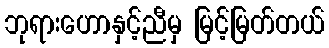
ဘုရားဟောနှင့်ညီမှ မြင့်မြတ်တယ်